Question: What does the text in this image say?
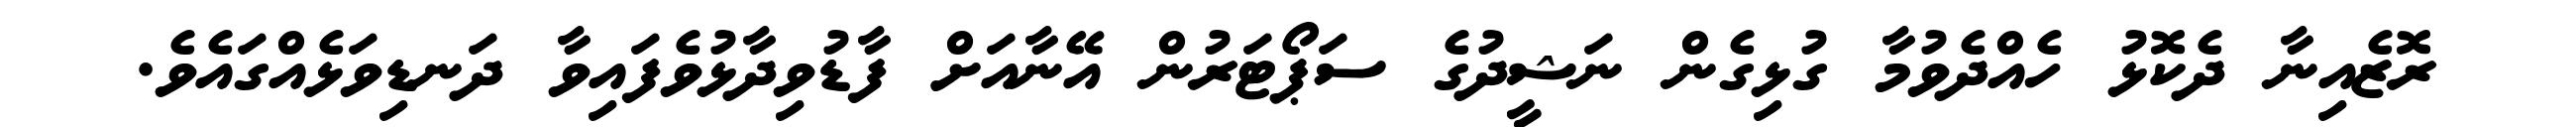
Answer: ރޮޒެއިނާ ދެކޮޅު ހެއްދެވުމާ ގުޅިގެން ނަޝީދުގެ ސަޕޯޓަރުން އޭނާއަށް ފާޑުވިދާޅުވެފައިވާ ދަނޑިވަޅެއްގައެވެ.